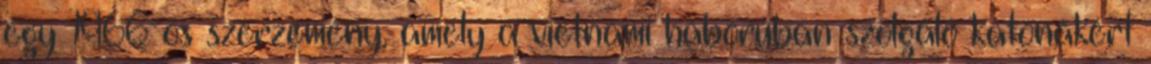
egy 1966-os szerzemény, amely a vietnami háborúban szolgáló katonákért